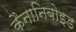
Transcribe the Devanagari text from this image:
कैनानिबोइड